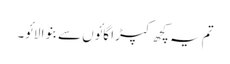
تم یہ کچھ کپڑا گائوں سے بنوا لائو۔